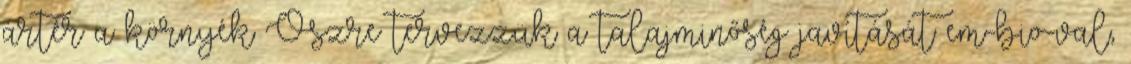
ártér a környék Őszre tervezzük a talajminőség javítását em-bio-val,